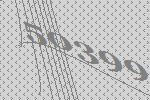
50399